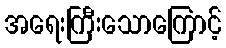
အရေးကြီးသောကြောင့်